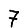
Digit: 7